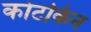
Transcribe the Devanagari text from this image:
कोटकिन